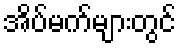
အိပ်မက်များတွင်